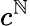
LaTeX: c^{\mathbb{N}}